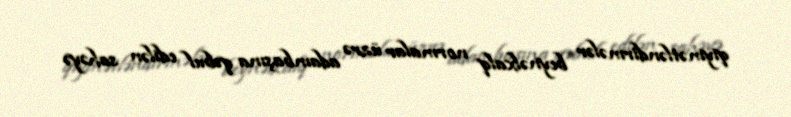
qiymətləndirmələr beynəlxalq normalar üzrə adambaşına qəbul edilən sahəyə